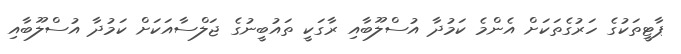
ޕާޓީތަކުގެ ހަރުގެތަކަށް އެންމެ ކަމުދާ އުސްލޫބާއި ރާގަކީ ތައުބީނުގެ ޖަލްސާއަކަށް ކަމުދާ އުސްލޫބާއި